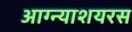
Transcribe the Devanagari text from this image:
आग्न्याशयरस